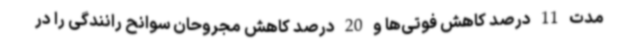
مدت 11 درصد کاهش فوتی‌ها و 20 درصد کاهش مجروحان سوانح رانندگی را در